Report on vaccination in the Province of Bengal - 1874-1889
Year: 1874
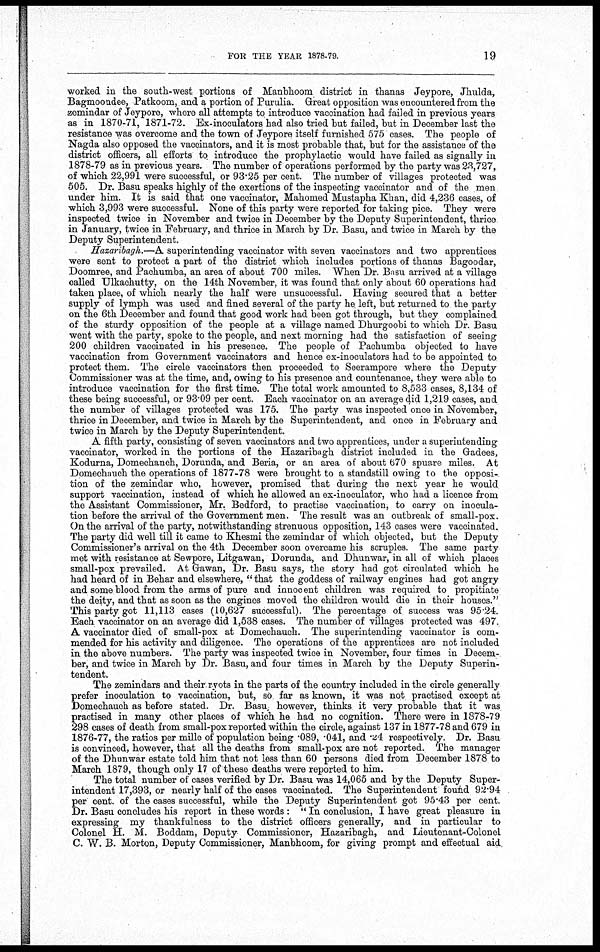
FOR THE YEAR 1878-79
19
worked in the south-west portions of Manbhoom district in thanas Jeypore, Jhulda,
Bagmoondee, Patkoom, and a portion of Purulia. Great opposition was encountered from the
zemindar of Jeypore, where all attempts to introduce vaccination had failed in previous years
as in 1870-71, 1871-72. Ex-inoculators had also tried but failed, but in December last the
resistance was overcome and the town of Jeypore itself furnished 575 cases. The people of
Nagda also opposed the vaccinators, and it is most probable that, but for the assistance of the
district officers, all efforts to introduce the prophylactic would have failed as signally in
1878-79 as in previous years. The number of operations performed by the party was 23,727,
of which 22,991 were successful, or 93.25 per cent. The number of villages protected was
505. Dr. Basu speaks highly of the exertions of the inspecting vaccinator and of the men
under him. It is said that one vaccinator, Mahomed Mustapha Khan, did 4,236 cases, of
which 3,993 were successful. None of this party were reported for taking pice. They were
inspected twice in November and twice in December by the Deputy Superintendent, thrice
in January, twice in February, and thrice in March by Dr. Basu, and twice in March by the
Deputy Superintendent.
Hazaribagh.—A superintending vaccinator with seven vaccinators and two apprentices
were sent to protect a part of the district which includes portions of thanas Bagoodar,
Doomree, and Pachumba, an area of about 700 miles. When Dr. Basu arrived at a village
called Ulkachutty, on the 14th November, it was found that only about 60 operations had
taken place, of which nearly the half were unsuccessful. Having secured that a better
supply of lymph was used and fined several of the party he, left, but returned to the party
on the 6th December and found that good work had been got through, but they complained
of the sturdy opposition of the people at a village named Dhurgoobi to which Dr. Basu
went with the party, spoke to the people, and next morning had the satisfaction of seeing
200 children vaccinated in his presence. The people of Pachumba objected to have
vaccination from Government vaccinators and hence ex-inoculators had to be appointed to
protect them. The circle vaccinators then proceeded to Seerampore where the Deputy
Commissioner was at the time, and, owing to his presence and countenance, they were able to
introduce vaccination for the first time. The total work amounted to 8,533 cases, 8,134 of
these being successful, or 93.09 per cent. Each vaccinator on an average did 1,219 cases, and
the number of villages protected was 175. The party was inspected once in November,
thrice in December, and twice in March by the Superintendent, and once in February and
twice in March by the Deputy Superintendent.
A fifth party, consisting of seven vaccinators and two apprentices, under a superintending
vaccinator, worked in the portions of the Hazaribagh district included in the Gadees,
Kodurna, Domechanch, Dorunda, and Beria, or an area of about 670 spuare miles. At
Domechauch the operations of 1877-78 were brought to a standstill owing to the opposi-
tion of the zemindar who, however, promised that during the next year he would
support vaccination, instead of which he allowed an ex-inoculator, who had a licence from
the Assistant Commissioner, Mr. Bedford, to practise vaccination, to carry on inocula-
tion before the arrival of the Government men. The result was an outbreak of small-pox.
On the arrival of the party, notwithstanding strenuous opposition, 143 cases were vaccinated.
The party did well till it came to Khesmi the zemindar of which objected, but the Deputy
Commissioner's arrival on the 4th December soon overcame his scruples. The same party
met with resistance at Sewpore, Litgawan, Dorunda, and Dhunwar, in all of which places
small-pox prevailed. At Gawan, Dr. Basu says, the story had got circulated which he
had heard of in Behar and elsewhere, " that the goddess of railway engines had got angry
and some blood from the arms of pure and innocent children was required to propitiate
the deity, and that as soon as the engines moved the children would die in their houses."
This party got 11,113 cases (10,627 successful). The percentage of success was 95 24.
Each vaccinator on an average did 1,538 cases. The number of villages protected was 497.
A vaccinator died of small-pox at Domechauch. The superintending vaccinator is com-
mended for his activity and diligence. The operations of the apprentices are not included
in the above numbers. The party was inspected twice in November, four times in Decem-
ber, and twice in March by Dr. Basu, and four times in March by the Deputy Superin-
tendent.
The zemindars and their, ryots in the parts of the country included in the circle generally
prefer inoculation to vaccination, but, so far as known, it was not practised except at
Domechauch as before stated. Dr. Basu, however, thinks it very probable that it was
practised in many other places of which he had no cognition. There were in 1878-79
298 cases of death from small-pox reported within the circle, against 137 in 1877-78 and 679 in
1876-77, the ratios per mille of population being .089, .041, and 24 respectively. Dr. Basu
is convinced, however, that all the deaths from small-pox are not reported. The manager
of the Dhunwar estate told him that not less than 60 persons died from December 1878 to
March 1879, though only 17 of these deaths were reported to him.
The total number of cases verified by Dr. Basu was 14,065 and by the Deputy Super-
intendent 17,393, or nearly half of the cases vaccinated. The Superintendent found 92.94
per cent. of the cases successful, while the Deputy Superintendent got 95.43 per cent.
Dr. Basu concludes his report in these words : "In conclusion, I have great pleasure in
expressing my thankfulness to the district officers generally, and in particular to
Colonel H. M. Boddam, Deputy Commissioner, Hazaribagh, and Lieutenant-Colonel
C. W. B. Morton, Deputy Commissioner, Manbhoom, for giving prompt and effectual aid